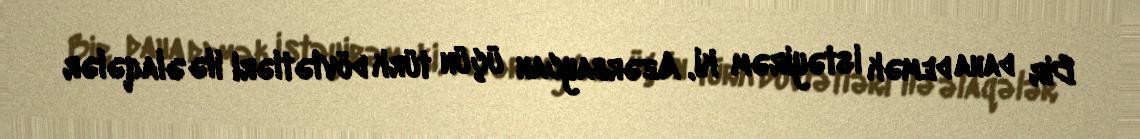
Bir daha demək istəyirəm ki, Azərbaycan üçün türk dövlətləri ilə əlaqələr